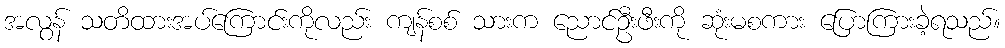
အလွန် သတိထားအပ်ကြောင်းကိုလည်း ကျန်စစ် သားက ညောင်ဦးဖီးကို ဆုံးမစကား ပြောကြားခဲ့ရသည်။